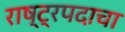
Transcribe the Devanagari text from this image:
राष्ट्रपदाचा